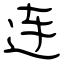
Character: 连